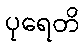
ပုရေတိ